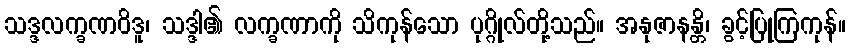
သဒ္ဒလက္ခဏဝိဒူ၊ သဒ္ဒါ၏ လက္ခဏာကို သိကုန်သော ပုဂ္ဂိုလ်တို့သည်။ အနုဇာနန္တိ၊ ခွင့်ပြုကြကုန်။